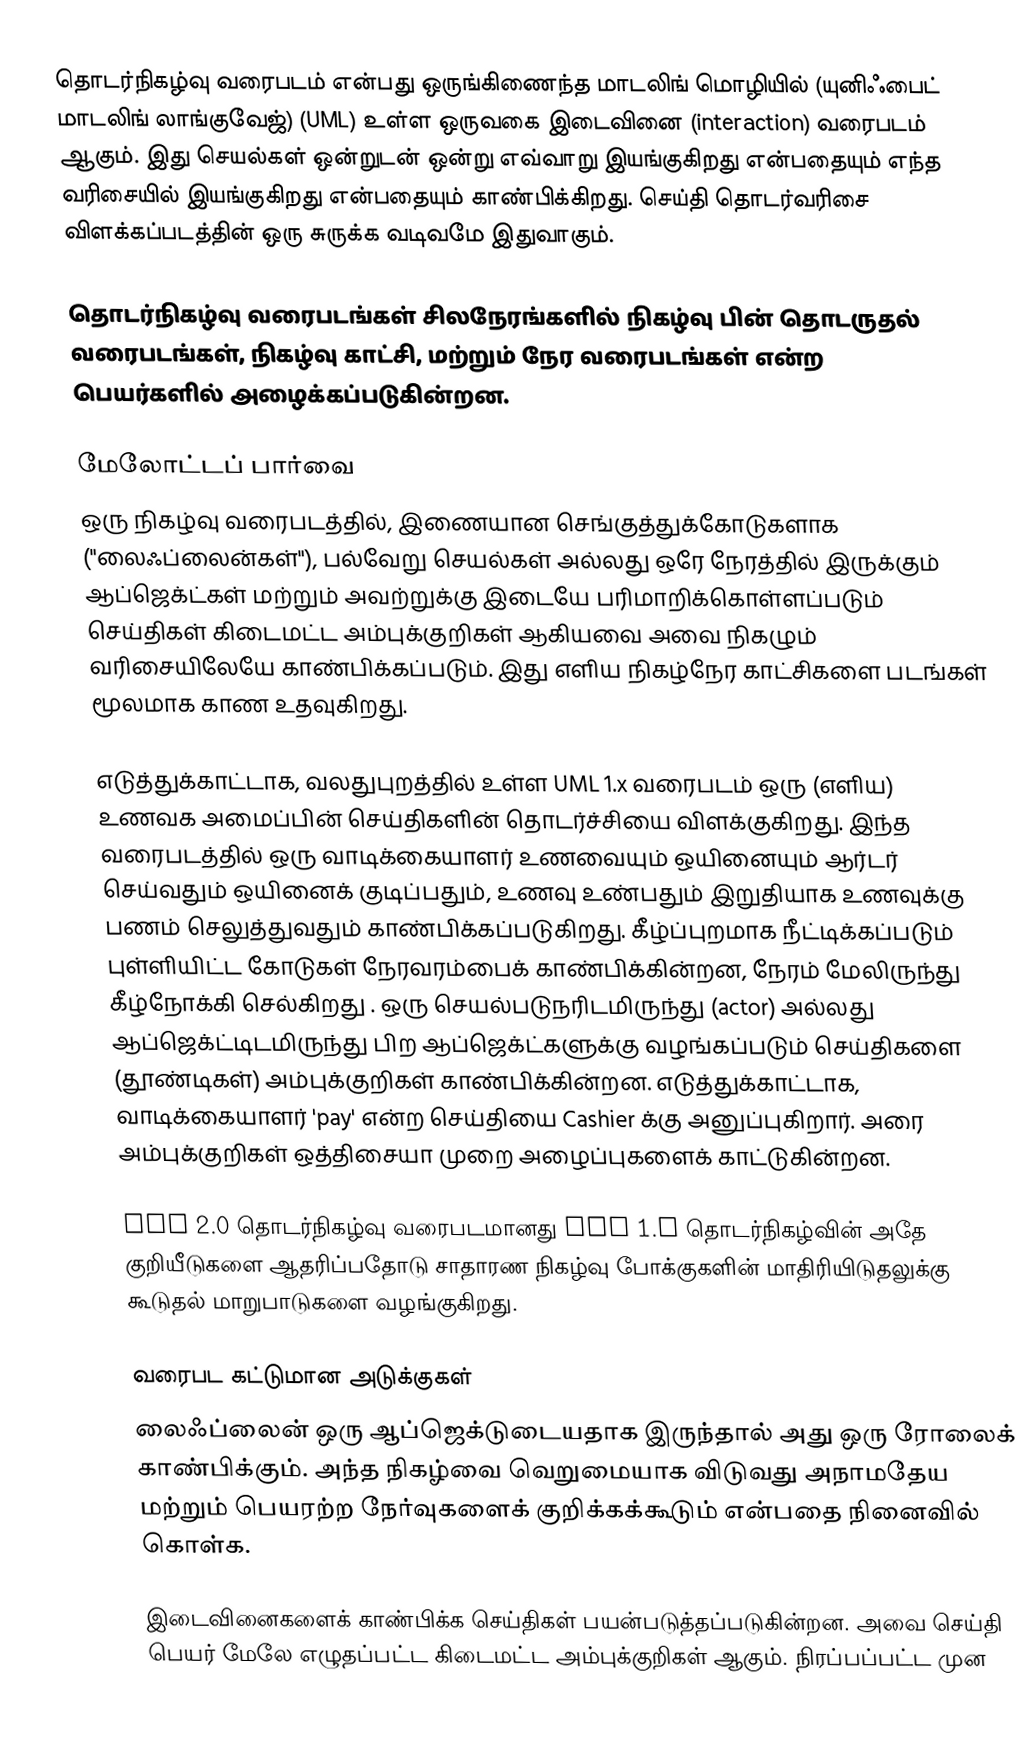
தொடர்நிகழ்வு வரைபடம் என்பது ஒருங்கிணைந்த மாடலிங் மொழியில் (யுனிஃபைட் மாடலிங் லாங்குவேஜ்) (UML) உள்ள ஒருவகை இடைவினை (interaction) வரைபடம் ஆகும். இது செயல்கள் ஒன்றுடன் ஒன்று எவ்வாறு இயங்குகிறது என்பதையும் எந்த வரிசையில் இயங்குகிறது என்பதையும் காண்பிக்கிறது. செய்தி தொடர்வரிசை விளக்கப்படத்தின் ஒரு சுருக்க வடிவமே இதுவாகும்.

தொடர்நிகழ்வு வரைபடங்கள் சிலநேரங்களில் நிகழ்வு பின் தொடருதல் வரைபடங்கள், நிகழ்வு காட்சி, மற்றும் நேர வரைபடங்கள் என்ற பெயர்களில் அழைக்கப்படுகின்றன.

மேலோட்டப் பார்வை
ஒரு நிகழ்வு வரைபடத்தில், இணையான செங்குத்துக்கோடுகளாக ("லைஃப்லைன்கள்"), பல்வேறு செயல்கள் அல்லது ஒரே நேரத்தில் இருக்கும் ஆப்ஜெக்ட்கள் மற்றும் அவற்றுக்கு இடையே பரிமாறிக்கொள்ளப்படும் செய்திகள் கிடைமட்ட அம்புக்குறிகள் ஆகியவை அவை நிகழும் வரிசையிலேயே காண்பிக்கப்படும். இது எளிய நிகழ்நேர காட்சிகளை படங்கள் மூலமாக காண உதவுகிறது.

எடுத்துக்காட்டாக, வலதுபுறத்தில் உள்ள UML 1.x வரைபடம் ஒரு (எளிய) உணவக அமைப்பின் செய்திகளின் தொடர்ச்சியை விளக்குகிறது. இந்த வரைபடத்தில் ஒரு வாடிக்கையாளர் உணவையும் ஒயினையும் ஆர்டர் செய்வதும் ஒயினைக் குடிப்பதும், உணவு உண்பதும் இறுதியாக உணவுக்கு பணம் செலுத்துவதும் காண்பிக்கப்படுகிறது. கீழ்ப்புறமாக நீட்டிக்கப்படும் புள்ளியிட்ட கோடுகள் நேரவரம்பைக் காண்பிக்கின்றன, நேரம் மேலிருந்து கீழ்நோக்கி செல்கிறது . ஒரு செயல்படுநரிடமிருந்து (actor) அல்லது ஆப்ஜெக்ட்டிடமிருந்து பிற ஆப்ஜெக்ட்களுக்கு வழங்கப்படும் செய்திகளை (தூண்டிகள்) அம்புக்குறிகள் காண்பிக்கின்றன. எடுத்துக்காட்டாக, வாடிக்கையாளர் 'pay' என்ற செய்தியை Cashier க்கு அனுப்புகிறார். அரை அம்புக்குறிகள் ஒத்திசையா முறை அழைப்புகளைக் காட்டுகின்றன.

UML 2.0 தொடர்நிகழ்வு வரைபடமானது UML 1.x தொடர்நிகழ்வின் அதே குறியீடுகளை ஆதரிப்பதோடு சாதாரண நிகழ்வு போக்குகளின் மாதிரியிடுதலுக்கு கூடுதல் மாறுபாடுகளை வழங்குகிறது.

வரைபட கட்டுமான அடுக்குகள்
லைஃப்லைன் ஒரு ஆப்ஜெக்டுடையதாக இருந்தால் அது ஒரு ரோலைக் காண்பிக்கும். அந்த நிகழ்வை வெறுமையாக விடுவது அநாமதேய மற்றும் பெயரற்ற நேர்வுகளைக் குறிக்கக்கூடும் என்பதை நினைவில் கொள்க.

இடைவினைகளைக் காண்பிக்க செய்திகள் பயன்படுத்தப்படுகின்றன. அவை செய்தி பெயர் மேலே எழுதப்பட்ட கிடைமட்ட அம்புக்குறிகள் ஆகும். நிரப்பப்பட்ட முன